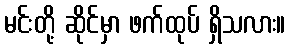
မင်းတို့ ဆိုင်မှာ ဖက်ထုပ် ရှိသလား။